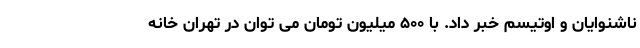
ناشنوایان و اوتیسم خبر داد. با ۵۰۰ میلیون تومان می توان در تهران خانه